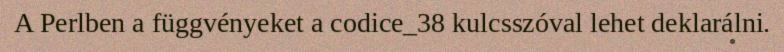
A Perlben a függvényeket a codice_38 kulcsszóval lehet deklarálni.